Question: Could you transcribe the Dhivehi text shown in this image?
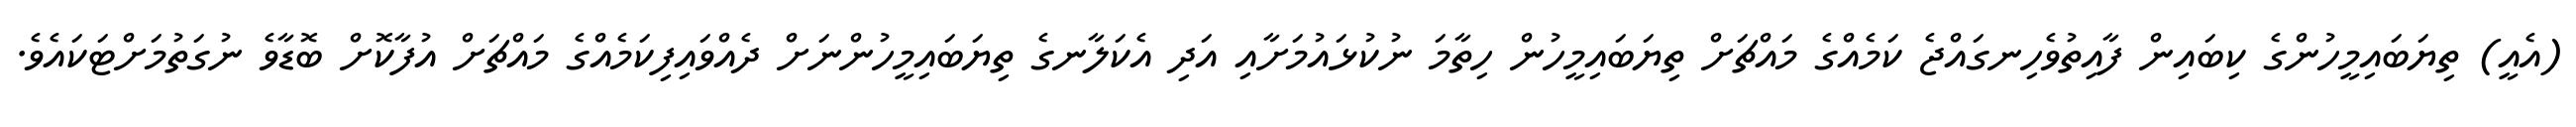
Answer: (އެއީ) ތިޔަބައިމީހުންގެ ކިބައިން ފާއިތުވެހިނގައްޖެ ކަމެއްގެ މައްޗަށް ތިޔަބައިމީހުން ހިތާމަ ނުކުޅައުމަށާއި އަދި އެކަލާނގެ ތިޔަބައިމީހުންނަށް ދެއްވައިފިކަމެއްގެ މައްޗަށް އުފާކޮށް ބޮޑާވެ ނުގަތުމަށްޓަކައެވެ.